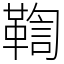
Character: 鞫